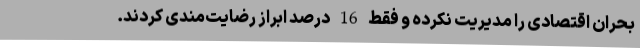
بحران اقتصادی را مدیریت نکرده و فقط 16 درصد ابراز رضایت‌مندی کردند.